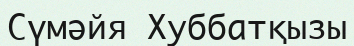
Сүмәйя Хуббатқызы